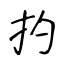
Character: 扚